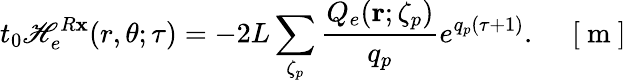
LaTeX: t_{0}\mathscr{H}_{e}^{R\mathbf{x}}(r,\theta;\tau)=-2L\sum_{\zeta_{p}}\frac{{Q_{e}({\mathbf{r}};\zeta_{p})}}{{q_{p}}}e^{q_{p}(\tau+1)}.\quad\mathrm{{~[~m~]~}}